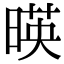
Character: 暎